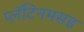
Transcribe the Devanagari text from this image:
प्लॅटिनमसह